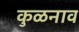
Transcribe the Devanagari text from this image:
कुळनाव